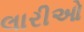
લારીઓ